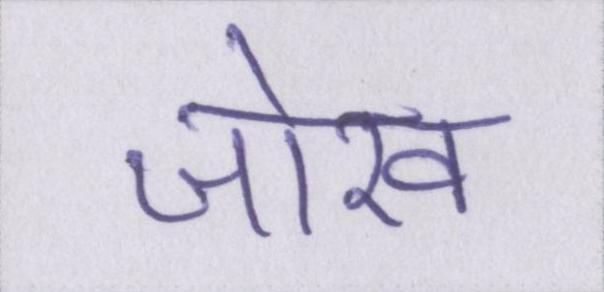
जोख